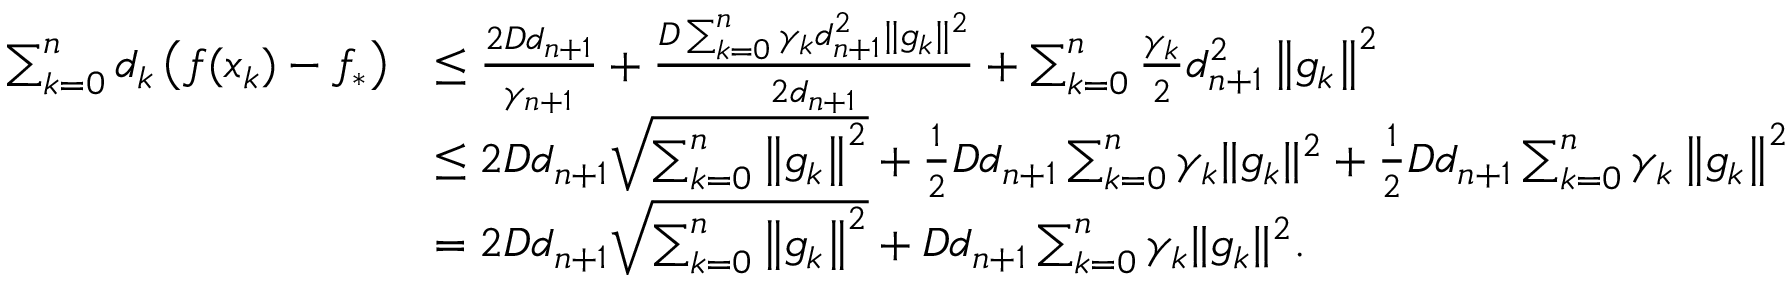
\begin{array} { r l } { \sum _ { k = 0 } ^ { n } d _ { k } \left( f ( x _ { k } ) - f _ { * } \right) } & { \leq \frac { 2 D d _ { n + 1 } } { \gamma _ { n + 1 } } + \frac { D \sum _ { k = 0 } ^ { n } \gamma _ { k } d _ { n + 1 } ^ { 2 } \| g _ { k } \| ^ { 2 } } { 2 d _ { n + 1 } } + \sum _ { k = 0 } ^ { n } \frac { \gamma _ { k } } { 2 } d _ { n + 1 } ^ { 2 } \left\Vert g _ { k } \right\Vert ^ { 2 } } \\ & { \leq 2 D d _ { n + 1 } \sqrt { \sum _ { k = 0 } ^ { n } \left\Vert g _ { k } \right\Vert ^ { 2 } } + \frac { 1 } { 2 } D d _ { n + 1 } \sum _ { k = 0 } ^ { n } \gamma _ { k } \| g _ { k } \| ^ { 2 } + \frac { 1 } { 2 } D d _ { n + 1 } \sum _ { k = 0 } ^ { n } \gamma _ { k } \left\Vert g _ { k } \right\Vert ^ { 2 } } \\ & { = 2 D d _ { n + 1 } \sqrt { \sum _ { k = 0 } ^ { n } \left\Vert g _ { k } \right\Vert ^ { 2 } } + D d _ { n + 1 } \sum _ { k = 0 } ^ { n } \gamma _ { k } \| g _ { k } \| ^ { 2 } . } \end{array}